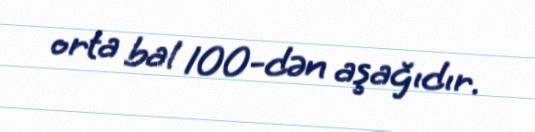
orta bal 100-dən aşağıdır.